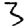
Digit: 3